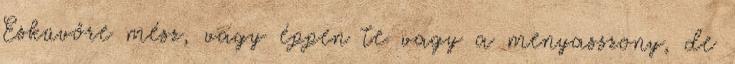
Esküvőre mész, vagy éppen te vagy a menyasszony, de